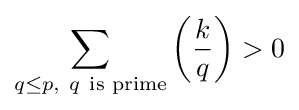
\sum _{q\leq p,\ q\ {\text{is prime}}}\left({\frac {k}{q}}\right)>0